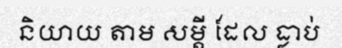
និយាយ តាម សម្តី ដែល ធ្លាប់